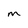
Character: M